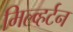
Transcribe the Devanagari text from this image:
मिल्व्हर्टन